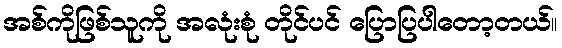
အစ်ကိုဖြစ်သူကို အလုံးစုံ တိုင်ပင် ပြောပြပါတော့တယ်။